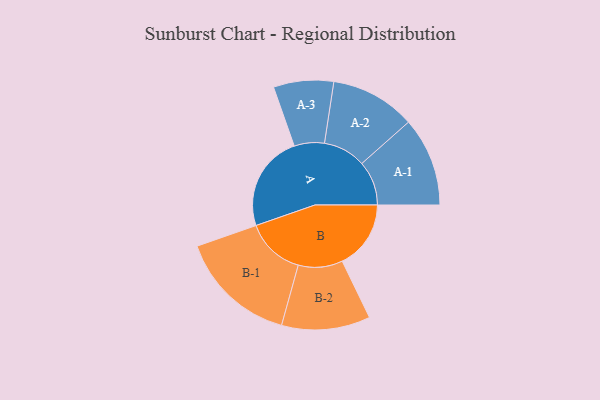
{"axis": {"x": "Segment", "y": "Value"}, "legend": ["", "A", "B"], "data": [{"x": "A", "y": 486, "type": ""}, {"x": "B", "y": 347, "type": ""}, {"x": "A-1", "y": 225, "type": "A"}, {"x": "A-2", "y": 215, "type": "A"}, {"x": "A-3", "y": 152, "type": "A"}, {"x": "B-1", "y": 299, "type": "B"}, {"x": "B-2", "y": 224, "type": "B"}]}